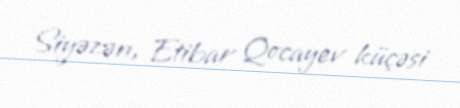
Siyəzən, Etibar Qocayev küçəsi